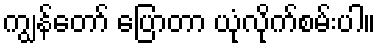
ကျွန်တော် ပြောတာ ယုံလိုက်စမ်းပါ။